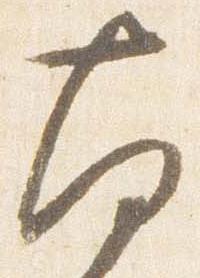
南